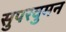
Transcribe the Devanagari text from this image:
सुपरवुमन